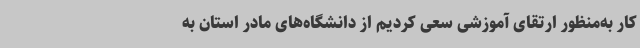
کار به‌منظور ارتقای آموزشی سعی کردیم از دانشگاه‌های مادر استان به